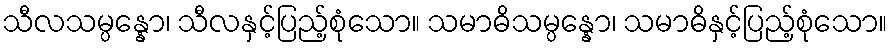
သီလသမ္ပန္နော၊ သီလနှင့်ပြည့်စုံသော။ သမာဓိသမ္ပန္နော၊ သမာဓိနှင့်ပြည့်စုံသော။